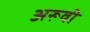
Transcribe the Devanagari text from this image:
अरूवी